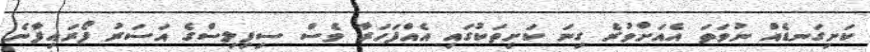
ކަށިގަނޑެއް ނުވަތަ އެއަށްވުރެ ގިނަ ކަށިތަކުގައި އެއްފަހަރާ ވެސް ސިފިލިސްގެ އަސަރު ފޯރައިފާނެ